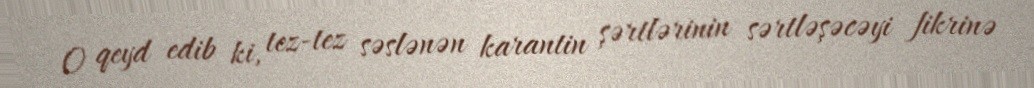
O qeyd edib ki, tez-tez səslənən karantin şərtlərinin sərtləşəcəyi fikrinə